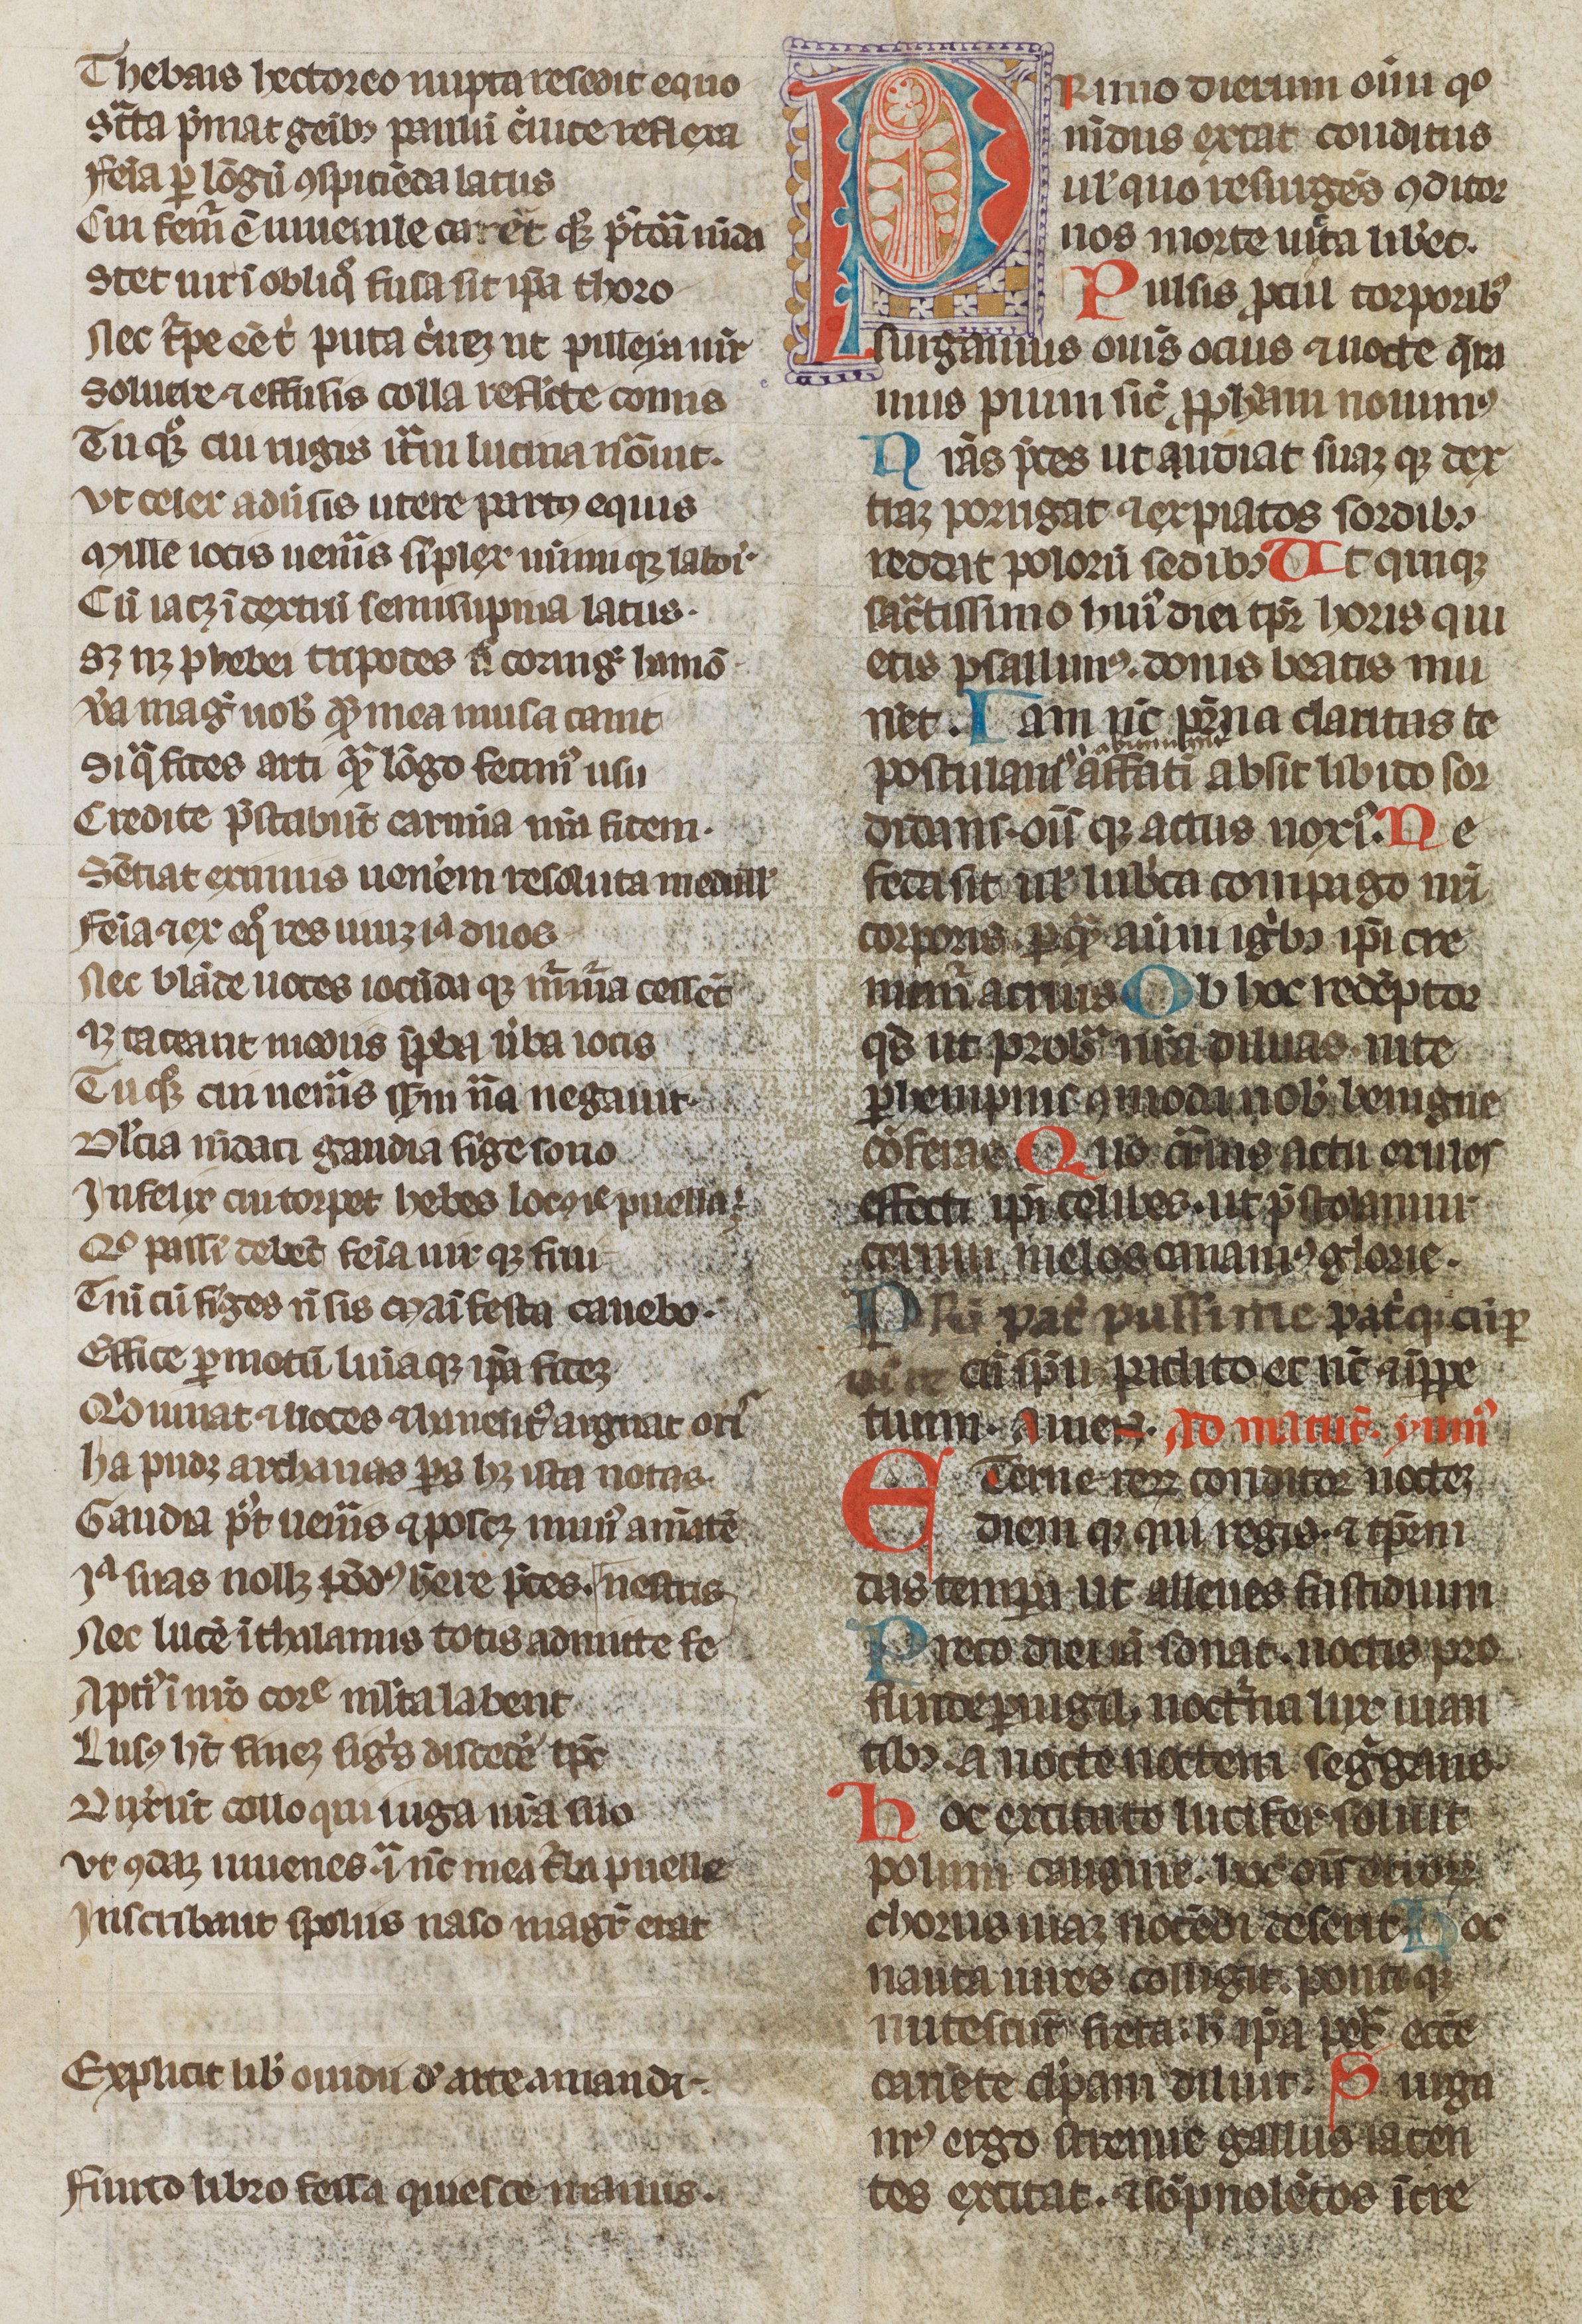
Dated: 1300–1315